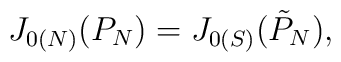
J_{0(N)} (P_N) = J_{0(S)}(\tilde P_N),